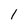
Character: 1